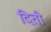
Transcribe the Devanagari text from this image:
दिती